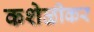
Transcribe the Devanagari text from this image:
कशेळीकर